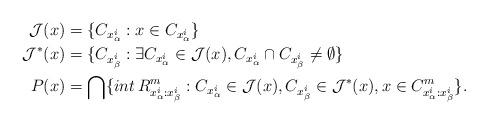
LaTeX: \begin{align*}\mathcal{J}(x)&=\{C_{x^i_{\alpha}}:x\in C_{x^i_{\alpha}}\}\\\mathcal{J}^{*}(x)&=\{C_{x^i_{\beta}}:\exists C_{x^i_{\alpha}}\in\mathcal{J}(x), C_{x^i_{\alpha}}\cap C_{x^i_{\beta}}\neq\emptyset\}\\P(x)&=\bigcap\{int\, R_{x^i_{\alpha}:x^i_{\beta}}^m: C_{x^i_{\alpha}}\in\mathcal{J}(x), C_{x^i_{\beta}}\in\mathcal{J}^{*}(x),x \in C_{x^i_{\alpha}:x^i_{\beta}}^m\}.\end{align*}